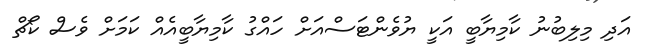
އަދި މިލިބުނު ކާމިޔާބީ އަކީ ޔުވެންޓަސްއަށް ހައްގު ކާމިޔާބީއެއް ކަމަށް ވެސް ކޯޗް